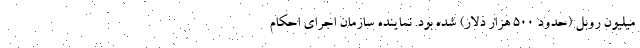
میلیون روبل (حدود ۵۰۰ هزار دلار) شده بود. نماینده سازمان اجرای احکام